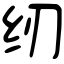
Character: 纫